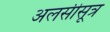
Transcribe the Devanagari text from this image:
अलसीसूत्र